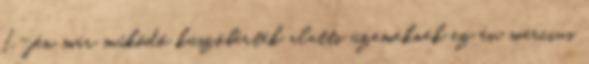
1.-jén már működő küszöbérték alatti üzemeknek ez év március